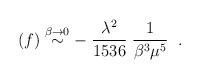
LaTeX: \begin{align*}(f) \stackrel {\beta \rightarrow 0} {\sim}- \; \frac{\lambda^2}{1536} \; {1\over {\beta^3 \mu^5}} \; \; .\end{align*}